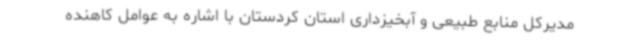
مدیرکل منابع طبیعی و آبخیزداری استان کردستان با اشاره به عوامل کاهنده